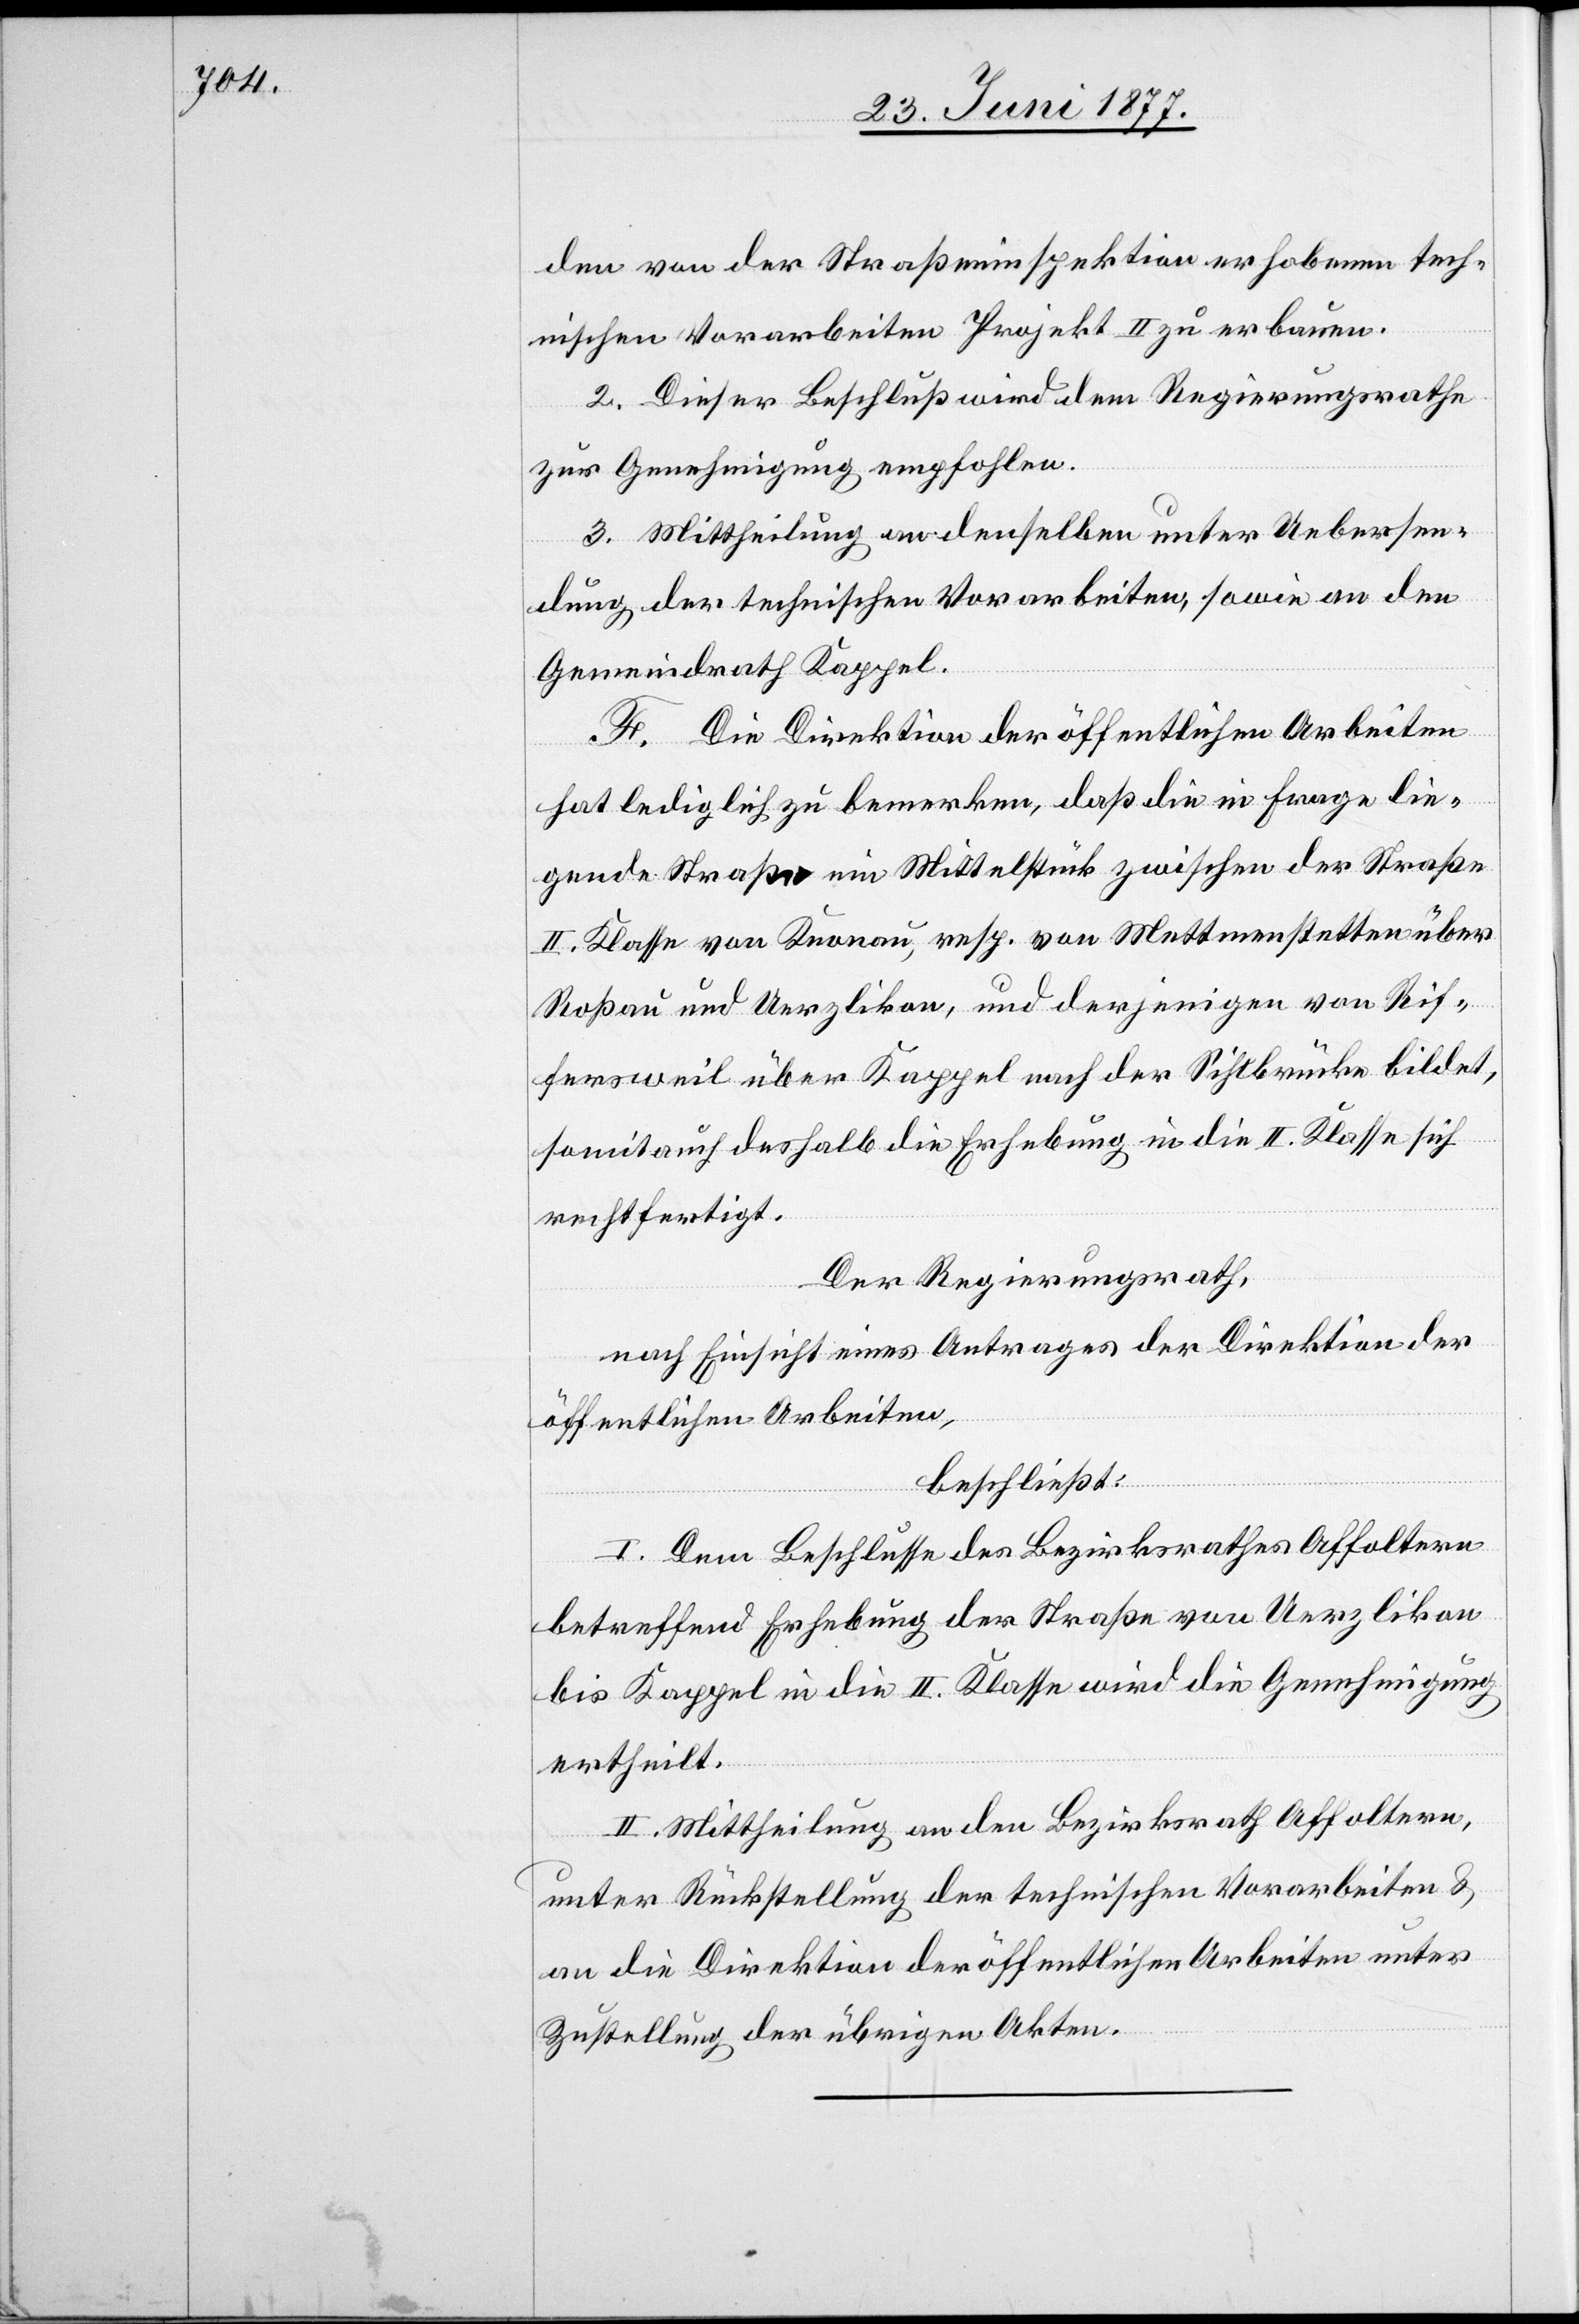
den von der Straßeninspektion erhobenen tech¬
nischen Vorarbeiten Projekt II zu erbauen.
2. Dieser Beschluß wird dem Regierungsrathe
zur Genehmigung empfohlen.
3. Mittheilung an denselben unter Uebersen¬
dung der technischen Vorarbeiten, sowie an den
Gemeindrath Kappel.
F. Die Direktion der öffentlichen Arbeiten
hat lediglich zu bemerken, daß die in Frage lie¬
gende Straße ein Mittelstück zwischen der Straße
II. Klasse von Knonau, resp. von Mettmenstetten über
Roßau und Uerzlikon, und derjenigen von Rif¬
fersweil über Keppel nach der Sihlbrücke bildet,
somit auch deshalb die Erhebung in die II. Klasse sich
rechtfertigt.
Der Regierungsrath,
nach Einsicht eines Antrages der Direktion der
öffentlichen Arbeiten,
beschließt:
I. Dem Beschlusse des Bezirksrathes Affoltern
betreffend Erhebung der Straße von Uerzlikon
bis Kappel in die II. Klasse wird die Genehmigung
ertheilt.
II. Mittheilung an den Bezirksrath Affoltern
unter Rückstellung der technischen Vorarbeiten &
an die Direktion der öffentlichen Arbeiten unter
Zustellung der übrigen Akten.